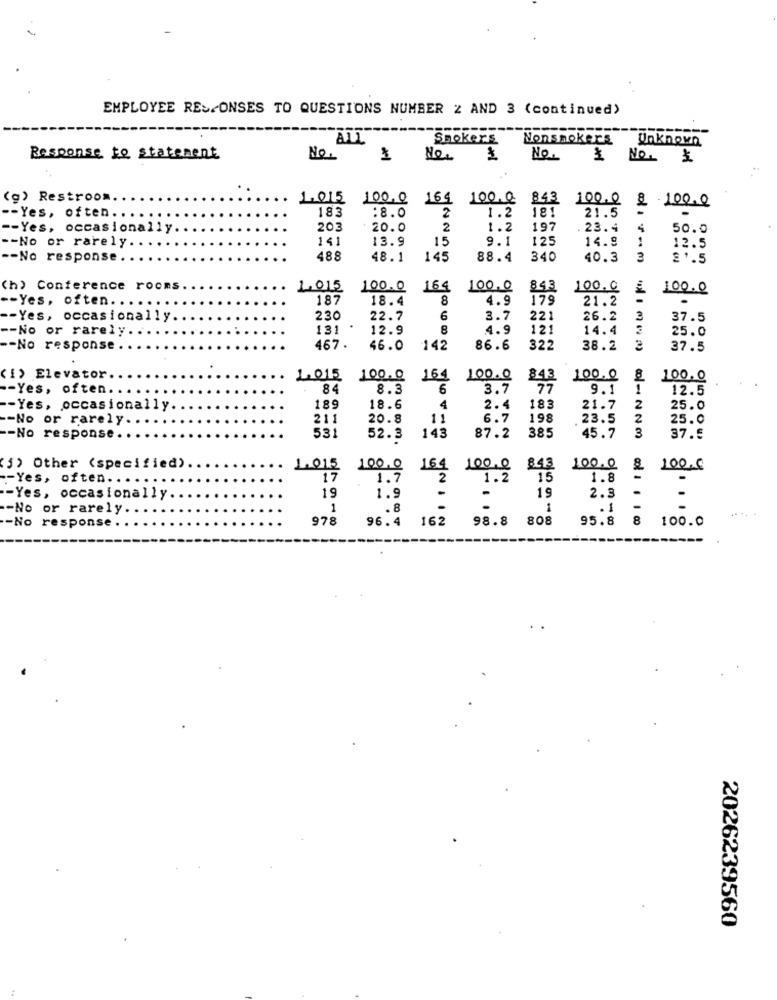
EMPLOYEE RESPONSES TO QUESTIONS NUMBER 2 AND 3 (continued)
ALL
Smokers Nonsmokers
Unknown
Response to statement
No.
1
art
No.
$ No. 5
(g) Restroom.
1.015
100.0
164 100.0 843
183
:8.0
2
1.2
100.0 8 .100.0
-- Yes, often ..
181
21.5
-- Yes, occasionally.
203
20.0
2
1.2
197
. 23.4
4
50.0
-- No or rarely ..
141
13.9
15
9.1
125
14.8
12.5
-- No response.
488
48.1
145
88.4
340
40.3
3
21.5
(h) Conference rooms
1.015
100.0
164
100.0
843
100.0
100.0
-- Yes, often ...
187
18.4
8
4.9
179
21.2
-- Yes, occasionally.
230
22.7
6
3.7
221
26.2
3
37.5
-- No or rarely
131
12.9
8
4.9
121
14.4
25.0
-- No response
467 .
46.0
142
86.6
322
38.2
2
37.5
(1) Elevator
1.015
100.0
164
100.0
100.0
100.0
-- Yes, often.
84
8.3
6
3.7
843
9.1
1
12.5
-Yes, occasionally.
189
18.6
4
2.4
183
21.7
2
25.0
-- No or rarely.
211
20.8
11
6.7
198
23.5
2
25.0
531
143
385
45.7
3
-- No response
52.3
87.2
37.5
164
(5) Other (specified).
1.015
100.0
100.Q
843
100.0
100.0
-- Yes, often ..
17
1.7
2
1.2
15
1.8
19
1.9
19
2.3
-Yes, occasionally.
-
-No or rarely.
1
. 8
1
. 1
-
978
96.4
162
98.8
808
95.8
8
100.0
-No response
2026239560